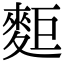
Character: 𪌖